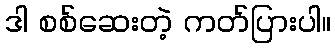
ဒါ စစ်ဆေးတဲ့ ကတ်ပြားပါ။